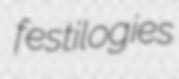
festilogies